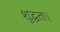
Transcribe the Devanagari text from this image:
शुद्धता।